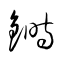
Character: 鰣